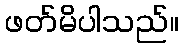
ဖတ်မိပါသည်။